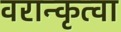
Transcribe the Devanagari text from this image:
वरान्कृत्वा